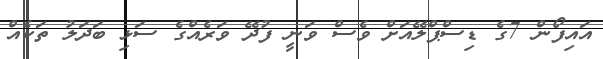
އައިފޯން 7ގެ ޑިސްޕްލޭއަށް ވެސް ވަނީ ފުދޭ ވަރެއްގެ ސަޅި ބަދަލު ތަކެއް